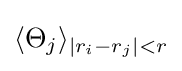
\langle \Theta _{j}\rangle _{|r_{i}-r_{j}|<r}